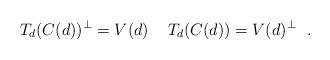
LaTeX: \begin{align*}T_{d}(C(d))^{\perp}=V(d)\ \,\ \ T_{d}(C(d))=V(d)^{\perp} \ \ .\end{align*}